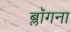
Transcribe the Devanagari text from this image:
ब्लॉगना